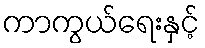
ကာကွယ်ရေးနှင့်